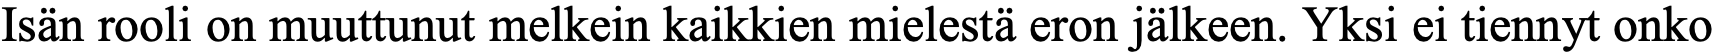
Isän rooli on muuttunut melkein kaikkien mielestä eron jälkeen. Yksi ei tiennyt onko